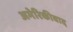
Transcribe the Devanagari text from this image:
अमेरिकीवाद